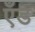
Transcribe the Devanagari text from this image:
एँड